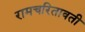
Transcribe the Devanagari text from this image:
रामचरितावती